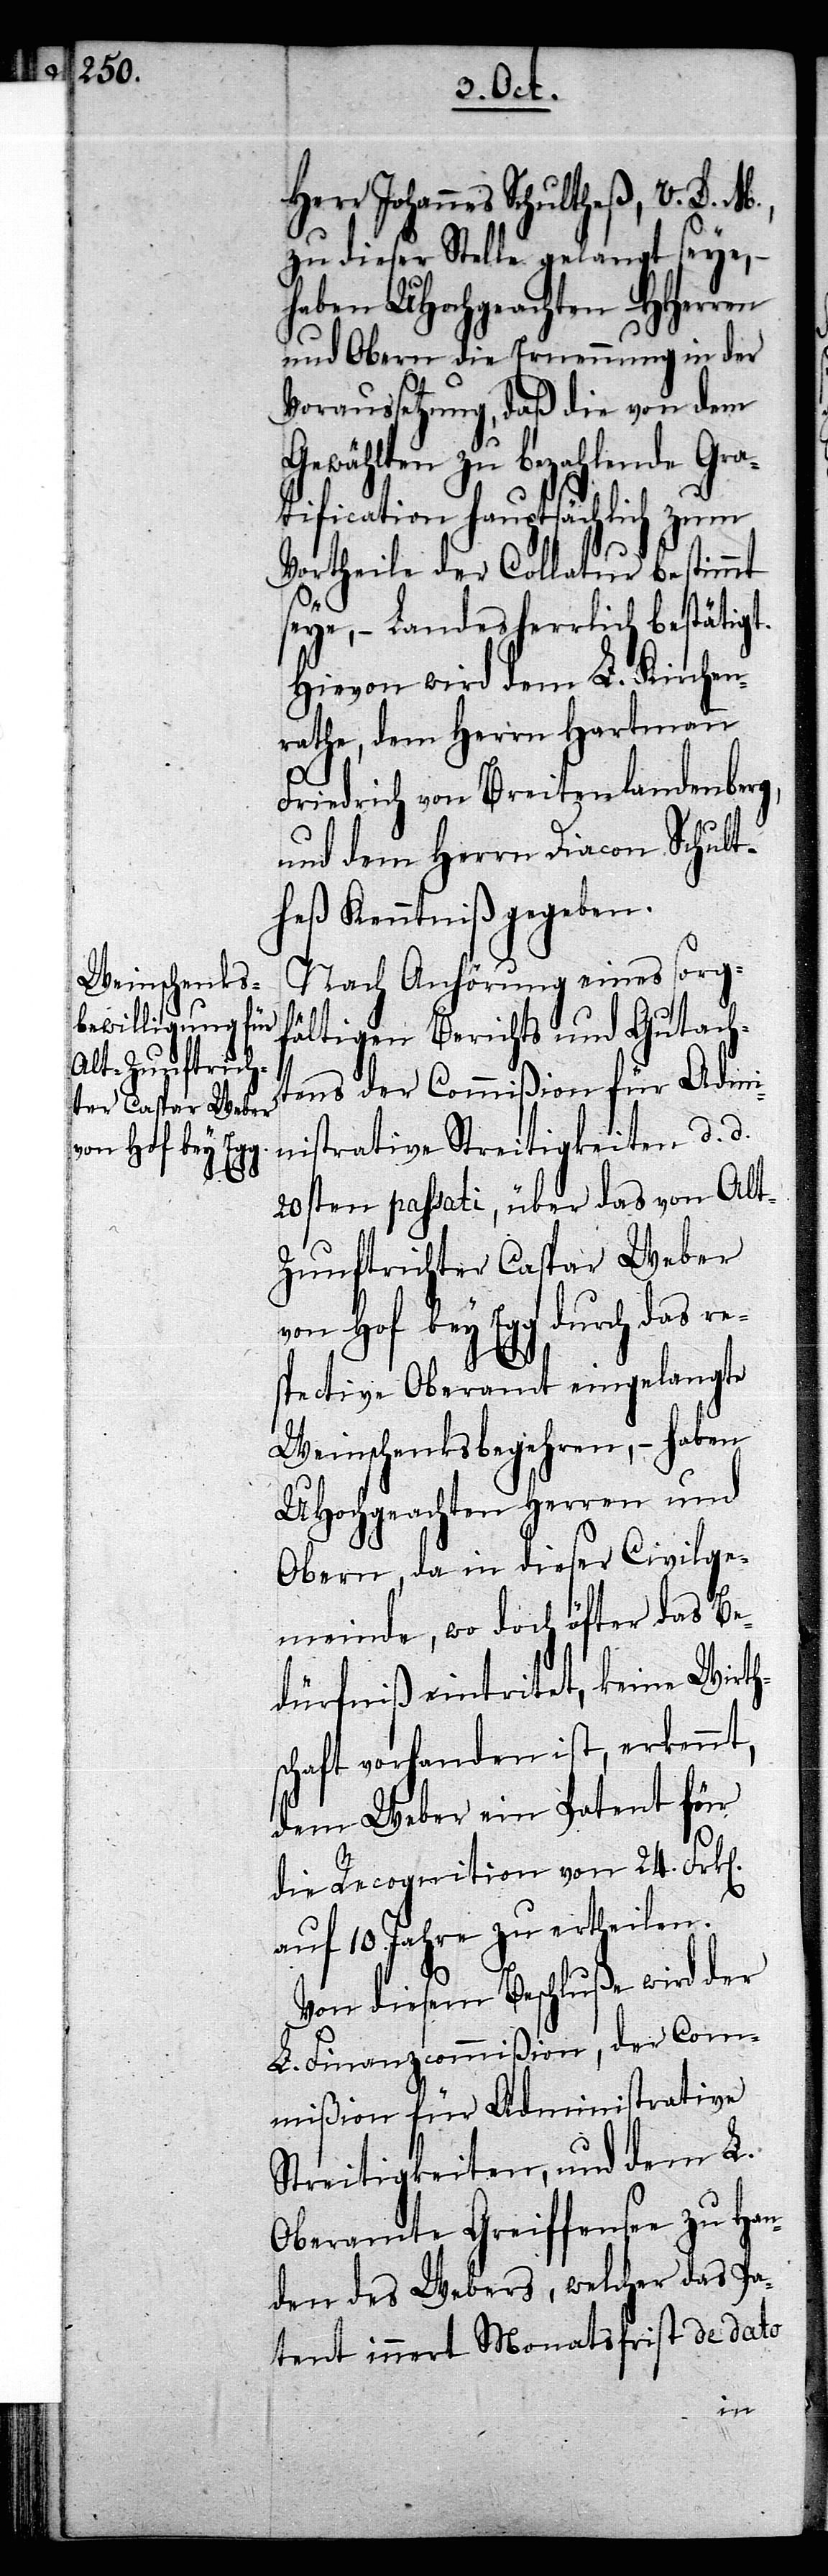
Herr Johannes Schultheß, V. D. M.,
zu dieser Stelle gelangt seye, –
haben UHochgeachten HHerren
und Obern die Ernennung in der
Voraussetzung, daß die von dem
Gewählten zu bezahlende Gra¬
tification hauptsächlich zum
Vortheile der Collatur bestimmt
seye, – Landesherrlich bestätigt.
Hievon wird dem L. Kirchen¬
rathe, dem Herrn Hartmann
Friedrich von Breitenlandenberg,
und dem Herrn Diacon Schult¬
heß Kenntniß gegeben.
Nach Anhörung eines sorg¬
fältigen Berichts und Gutach¬
tens der Commißion für Admi¬
nistrative Streitigkeiten d. d.
20sten passati, über das von Al¬
t-Zunftrichter Caspar Weber
von Hof bey Egg durch das re¬
spective Oberamt eingelangte
Weinschenksbegehren, – haben
UHochgeachten Herren und
Obern, da in dieser Civilge¬
meinde, wo doch öfter das Be¬
dürfniß eintritet, keine Wirth¬
schaft vorhanden ist, erkennt,
dem Weber ein Patent für
die Recognition von 24. Frk[e¬
auf 10. Jahre zu ertheilen.
Von diesem Beschluße wird der
L. Finanzcommißion, der Com¬
mißion für Administrative
Streitigkeiten, und dem L.
Oberamte Greiffensee zu Han¬
den des Webers, welcher das Pa¬
tent innert Monatsfrist de dato
n].